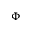
\Phi